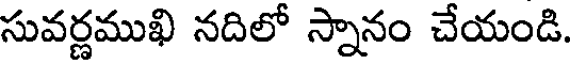
సువర్ణముఖి నదిలో స్నానం చేయండి.